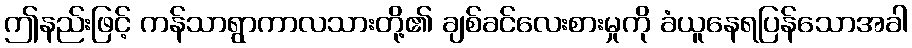
ဤနည်းဖြင့် ကန်သာရွာကာလသားတို့၏ ချစ်ခင်လေးစားမှုကို ခံယူနေရပြန်သောအခါ